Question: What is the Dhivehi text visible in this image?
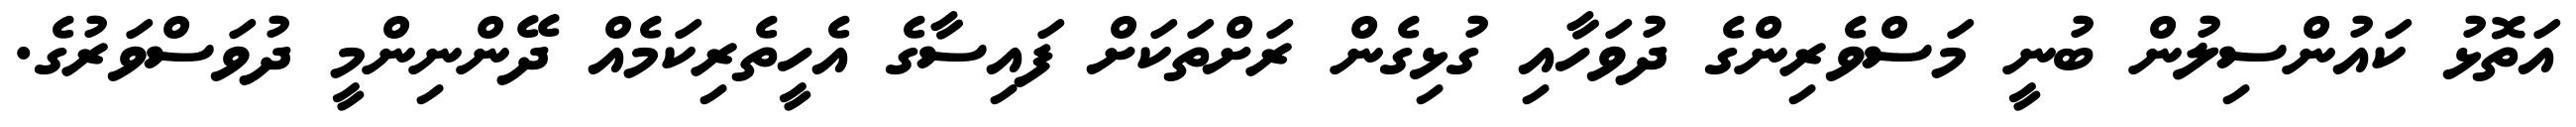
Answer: އަތޮޅު ކައުންސިލުން ބުނީ މަސްވެރިންގެ ދުވަހާއި ގުޅިގެން ރަށްތަކަށް ފައިސާގެ އެހީތެރިކަމެއް ދޭންނިންމީ ދުވަސްވަރުގެ.